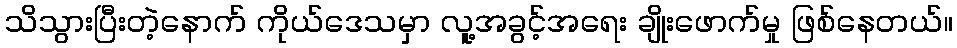
သိသွားပြီးတဲ့နောက် ကိုယ်ဒေသမှာ လူ့အခွင့်အရေး ချိုးဖောက်မှု ဖြစ်နေတယ်။